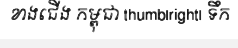
ខាងជើង កម្ពុជា thumb|right| ទឹក